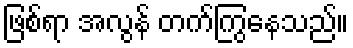
ဖြစ်ရာ အလွန် တက်ကြွနေသည်။